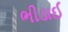
ભીડાઈ